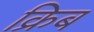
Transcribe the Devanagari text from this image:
क्रिब